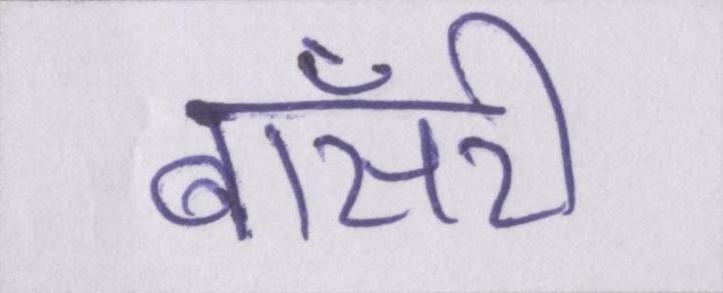
बॉसरी